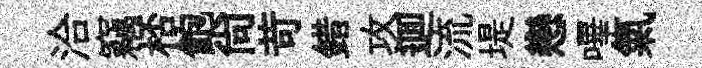
洽竊桮飽尚苛錯攻逥流堤戀嗶氣